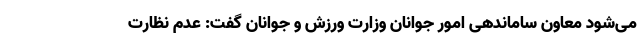
می‌شود معاون ساماندهی امور جوانان وزارت ورزش و جوانان گفت: عدم نظارت